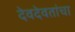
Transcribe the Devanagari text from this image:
देवदेवतांचा